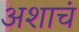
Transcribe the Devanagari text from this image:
अशाचं